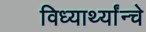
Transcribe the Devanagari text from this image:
विध्यार्थ्यांन्चे